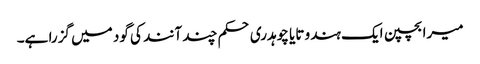
میرا بچپن ایک ہندو تایا چوہدری حکم چند آنند کی گود میں گزرا ہے۔